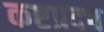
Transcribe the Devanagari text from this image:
कष्टप्रदच